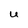
Character: U